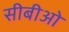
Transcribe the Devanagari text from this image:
सीबीओ